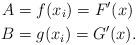
LaTeX: \begin{align*}A&= f(x_i)= F'(x)\\B&= g(x_i)= G'(x).\end{align*}